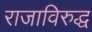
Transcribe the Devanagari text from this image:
राजाविरुद्ध